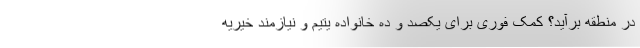
در منطقه برآید؟ کمک فوری برای یکصد و ده خانواده یتیم و نیازمند خیریه